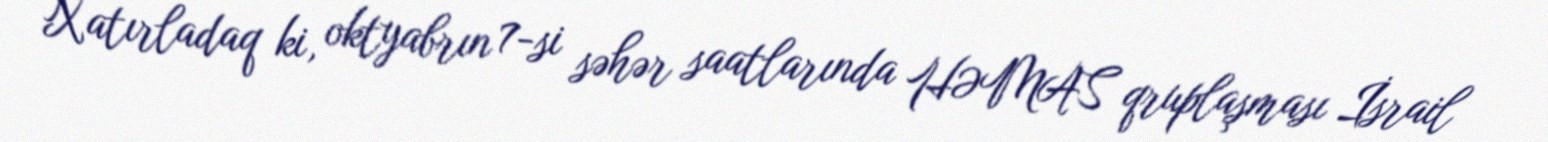
Xatırladaq ki, oktyabrın 7-si səhər saatlarında HƏMAS qruplaşması İsrail